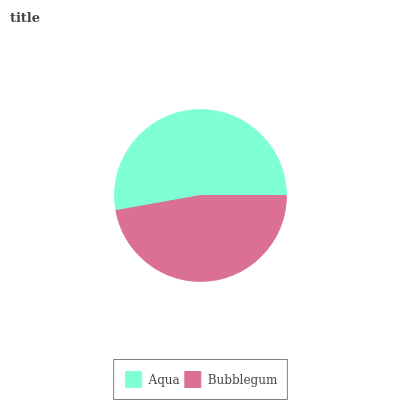
| Aqua | Bubblegum |
 | --- | --- |
 | 52.8% | 47.2% |